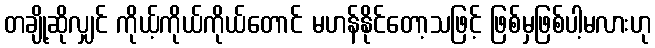
တချို့ဆိုလျှင် ကိုယ့်ကိုယ်ကိုယ်တောင် မဟန်နိုင်တော့သဖြင့် ဖြစ်မှဖြစ်ပါ့မလားဟု